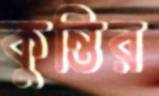
কুন্তির